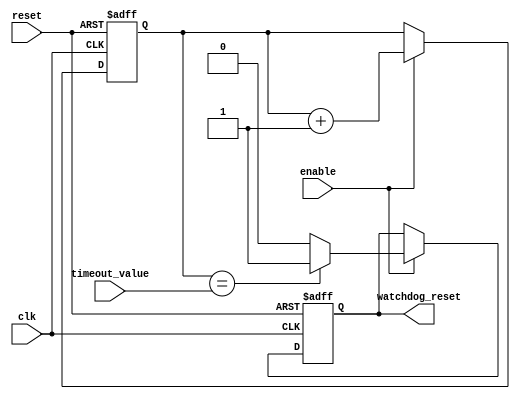
module watchdog_timer (
    input wire clk,
    input wire reset,
    input wire enable,
    input wire [15:0] timeout_value,
    output reg watchdog_reset
);

reg [15:0] counter;

always @(posedge clk or posedge reset) begin
    if (reset) begin
        counter <= 0;
        watchdog_reset <= 0;
    end else if (enable) begin
        counter <= counter + 1;
        
        if (counter == timeout_value) begin
            watchdog_reset <= 1;
        end else begin
            watchdog_reset <= 0;
        end
    end
end

endmodule